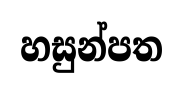
හසුන්පත